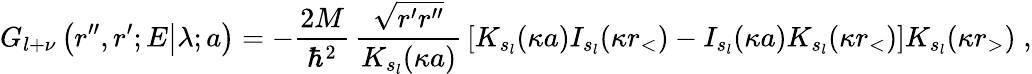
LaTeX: G_{l+\nu}\left(\left.r^{\prime\prime},r^{\prime};E\right|\lambda;a\right)=-\frac{2M}{\hbar^{2}}\, \frac{\sqrt{r^{\prime}r^{\prime\prime}}}{K_{s_{l}}(\kappa a)}\, \left[K_{s_{l}}(\kappa a)I_{s_{l}}(\kappa r_{<})-I_{s_{l}}(\kappa a)K_{s_{l}}(\kappa r_{<})\right]K_{s_{l}}(\kappa r_{>})\; ,